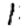
Digit: 1